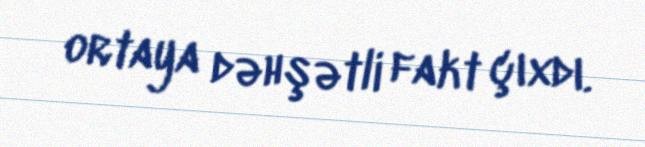
ortaya dəhşətli fakt çıxdı.